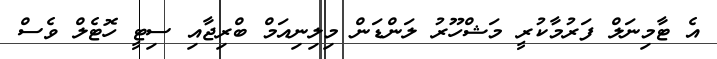
އެ ޓާމިނަލް ފަރުމާކުރީ މަޝްހޫރު ލަންޑަން މިލިނިއަމް ބްރިޖާއި ސިޓީ ހޮޓެލް ވެސް